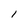
Character: 1